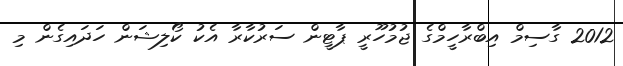
2012 ގާސިމް އިބްރާހީމްގެ ޖުމުހޫރީ ޕާޓީން ސަރުކާރާ އެކު ކޯލިޝަން ހަދައިގެން މި